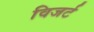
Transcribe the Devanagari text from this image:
विजर्ट